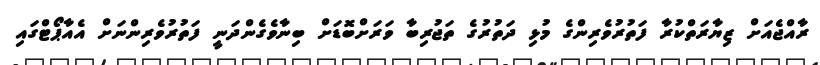
ރާއްޖެއަށް ޒިޔާރަތްކުރާ ފަތުރުވެރިންގެ މުޅި ދަތުރުގެ ތަޖުރިބާ ވަރަށްބޮޑަށް ބިނާވެގެންދަނީ ފަތުރުވެރިންނަށް އެއާޕޯޓްގައި